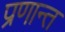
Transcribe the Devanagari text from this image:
प्रणान्त